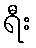
ရီး